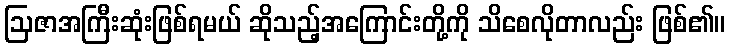
ဩဇာအကြီးဆုံးဖြစ်ရမယ် ဆိုသည့်အကြောင်းတို့ကို သိစေလိုတာလည်း ဖြစ်၏။